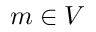
m \in V